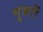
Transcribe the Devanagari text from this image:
गुजरीं